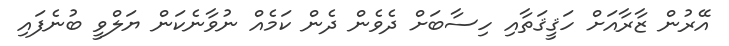
އޭރުން ޒާރާއަށް ހަޤީޤަތާއި ހިސާބަށް ދެވެން ދެން ކަމެއް ނުވާނެކަން ޔަލްވީ ބުނެފައި